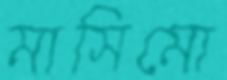
মাসিমো